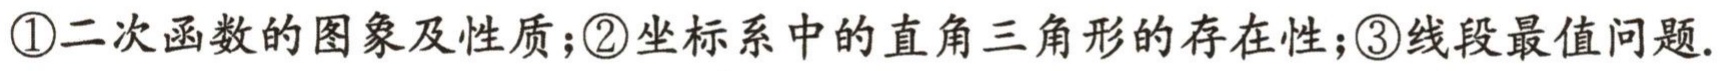
\textcircled{1}二次函数的图象及性质;\textcircled{2}坐标系中的直角三角形的存在性;\textcircled{3}线段最值问题.